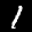
Label: 1